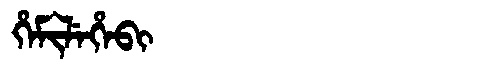
Manchu: ᡥᡝᠮᡳᠯᡝᡥᡝᠪᡳ
Romanization: HEMILEHEBI